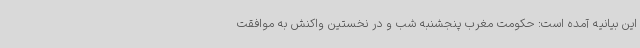
این بیانیه آمده است: حکومت مغرب پنجشنبه شب و در نخستین واکنش به موافقت